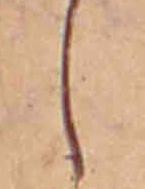
し